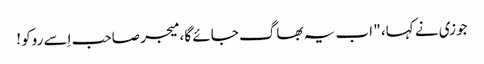
جوزی نے کہا، " اب یہ بھاگ جائے گا ، میجر صاحب اِسے روکو !